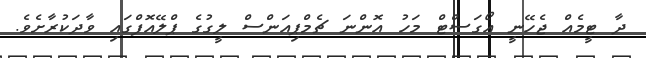
ދާ ޓީމެއް ޖެހޭނީ އޯގަސްޓް މަހު އޮންނަ ޗެމްޕިއަންސް ލީގުގެ ޕްލޭއޮފްގައި ވާދަކުރާށެވެ.